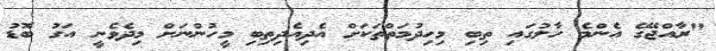
"ރާއްޖޭގެ އެންމެ ހާލުގައި ތިބި މިހިދުމަތްތަކަށް އެދިއެދިތިބި މީހުންނަށް މިދެވެނީ އަގު ބޮޑު